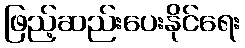
ဖြည့်ဆည်းပေးနိုင်ရေး